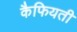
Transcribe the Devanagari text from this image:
कैफियती